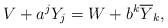
LaTeX: \begin{align*}V+a^j Y_j=W+b^k \overline{Y}_k,\end{align*}